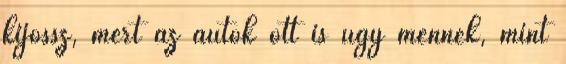
kijössz, mert az autók ott is úgy mennek, mint